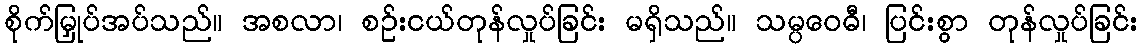
စိုက်မြှုပ်အပ်သည်။ အစလာ၊ စဉ်းငယ်တုန်လှုပ်ခြင်း မရှိသည်။ သမ္ပဝေဓီ၊ ပြင်းစွာ တုန်လှုပ်ခြင်း